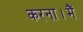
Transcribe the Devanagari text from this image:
करना।मैं